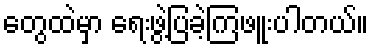
တွေထဲမှာ ရေးဖွဲ့ပြခဲ့ကြဖူးပါတယ်။